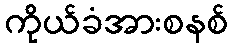
ကိုယ်ခံအားစနစ်